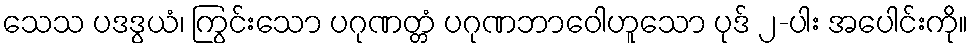
သေသ ပဒဒွယံ၊ ကြွင်းသော ပဂုဏတ္တံ ပဂုဏဘာဝေါဟူသော ပုဒ် ၂-ပါး အပေါင်းကို။